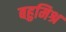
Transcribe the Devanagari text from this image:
बहुमिश्र